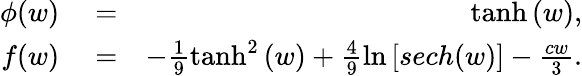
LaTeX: \begin{array}{rlr}{\phi(w)}&{{}=}&{\operatorname{tanh}{\left(w\right)},}\\ {f(w)}&{{}=}&{-\frac{1}{9}\operatorname{tanh}^{2}{\left(w\right)}+\frac{4}{9}\ln\left[sech(w)\right]-\frac{cw}{3}.}\end{array}